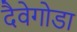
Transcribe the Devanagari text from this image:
दैवेगोडा